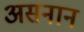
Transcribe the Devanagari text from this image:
असनान